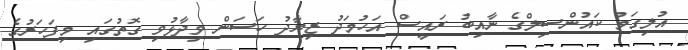
އުލިގަމު ކައުންސިލްގެ ނާއިބު ރައީސް އަހުމަދު ޒިޔާދު ހަސަން ވިދާޅުވި ގޮތުގައި މިފަހަރުގެ